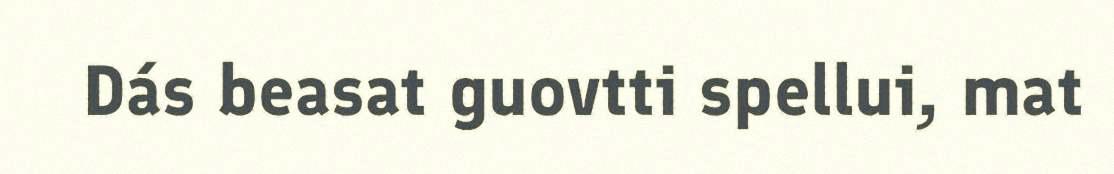
Dás beasat guovtti spellui, mat